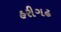
હરીગઢ